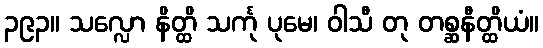
၃၉၃။ သလ္လော နိတ္ထိ သင်္ကု ပုမေ၊ ဝါသီ တု တစ္ဆနီတ္ထိယံ။